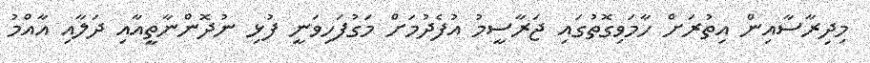
މިދިރާސާއިން އިތުރަށް ހާމަވިގޮތުގައި ޖަރާސީމު އުފެދުމަށް މަގުފަހިވަނީ ފުޅި ނުދޮންނާތީއާއި ދަލާއި އާއްމު